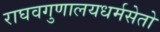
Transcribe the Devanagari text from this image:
राघवगुणालयधर्मसेतो